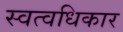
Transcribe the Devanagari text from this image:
स्वत्वधिकार